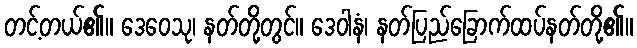
တင့်တယ်၏။ ဒေဝေသု၊ နတ်တို့တွင်။ ဒေဝါနံ၊ နတ်ပြည်ခြောက်ထပ်နတ်တို့၏။